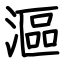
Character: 漚